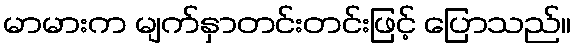
မာမားက မျက်နှာတင်းတင်းဖြင့် ပြောသည်။